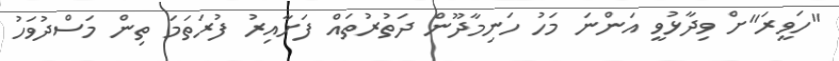
"ހަވީރަ"ށް ވިދާޅުވީ އަންނަ މަހު ހަނިމާދޫން ދަތުރުތައް ފަށާއިރު ފުރަތަމަ ތިން މަސްދުވަހު